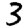
Digit: 3